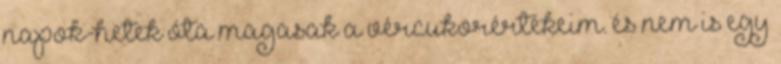
napok-hetek óta magasak a vércukorértékeim. és nem is egy